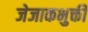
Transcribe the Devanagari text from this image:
जेजाकभुक्ती